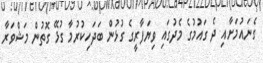
ގެނައުމަށާއި ދެ ގައުމުގެ މެދުގައި ވިޔަފާރީގެ ގުޅުން ބަދަހިކުރުމާ ގުޅޭ ގޮތުން މަޝްވަރާ